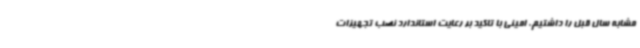
مشابه سال قبل را داشتیم. امینی با تاکید بر رعایت استاندارد نصب تجهیزات